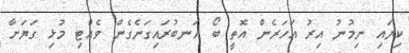
ކިޔައި ނިމުނު އިރު އަހަރެން އޮތީ ބޯ އަނބުރައިގަނެގެން ވެއްޓި މުޅި ގަޔަށާ